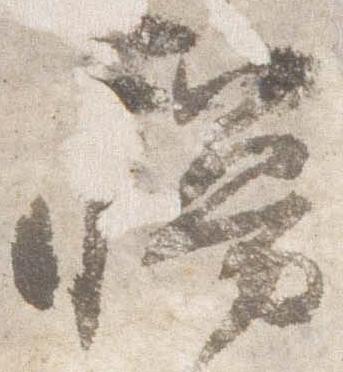
幔